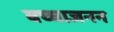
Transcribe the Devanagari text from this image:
बच्चाजनन